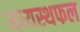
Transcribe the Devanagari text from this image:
मध्यस्थफल